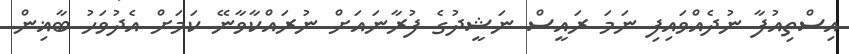
އިސްތިއުފާ ނުދެއްވައިފި ނަމަ ރައީސް ނަޝީދުގެ ފުރާނައަށް ނުރައްކާވާނޭ ކަމަށް އެދުވަހު ބާޣިން